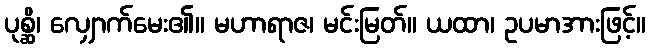
ပုစ္ဆိ၊ လျှောက်မေး၏။ မဟာရာဇ၊ မင်းမြတ်။ ယထာ၊ ဥပမာအားဖြင့်။